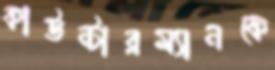
কাউন্টারম্যানকে